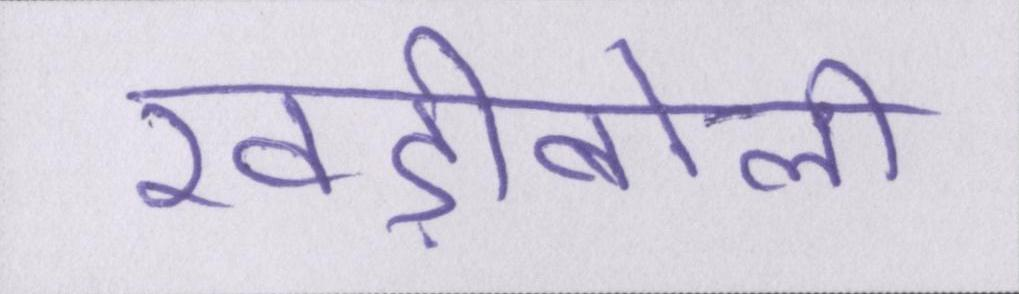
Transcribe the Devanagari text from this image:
खड़ीबोली